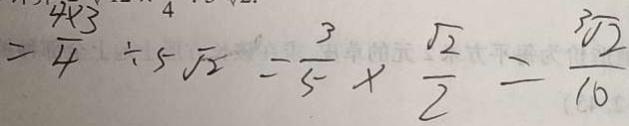
= \frac { 4 \times 3 } { 4 } \div 5 \sqrt { 2 } = \frac { 3 } { 5 } \times \frac { \sqrt { 2 } } { 2 } = \frac { \sqrt [ 3 ] { 2 } } { 1 0 }